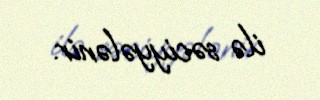
ilə səciyyələnir.